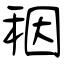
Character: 秵